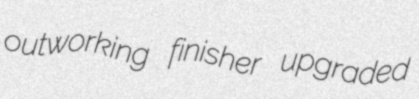
outworking finisher upgraded